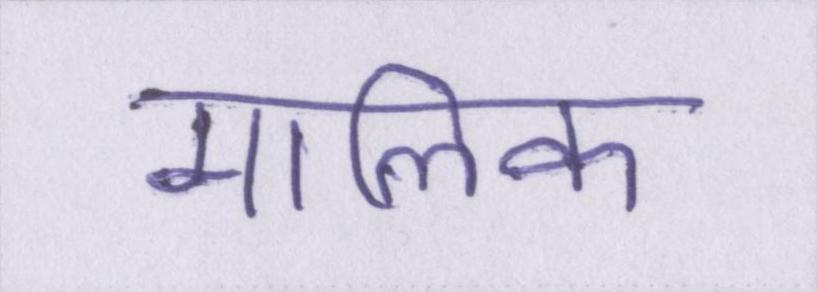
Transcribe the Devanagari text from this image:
मालिक